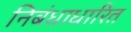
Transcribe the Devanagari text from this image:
निबंधाधारित